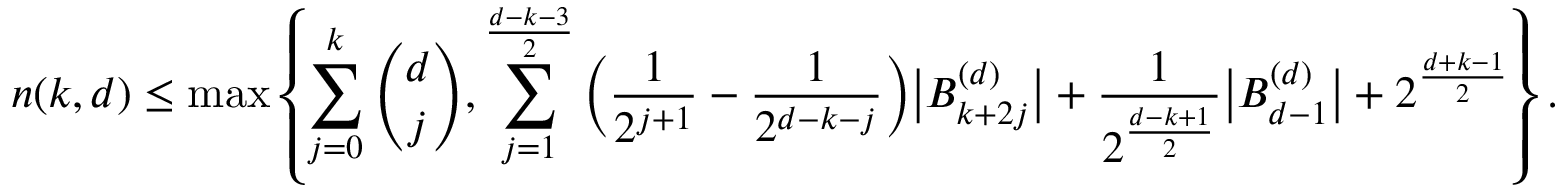
n ( k , d ) \leq \operatorname* { m a x } \left\{ \sum _ { j = 0 } ^ { k } \binom { d } { j } , \sum _ { j = 1 } ^ { \frac { d - k - 3 } { 2 } } \bigg ( \frac { 1 } { 2 ^ { j + 1 } } - \frac { 1 } { 2 ^ { d - k - j } } \bigg ) \big | B _ { k + 2 j } ^ { ( d ) } \big | + \frac { 1 } { 2 ^ { \frac { d - k + 1 } { 2 } } } \big | B _ { d - 1 } ^ { ( d ) } \big | + 2 ^ { \frac { d + k - 1 } { 2 } } \right\} .